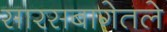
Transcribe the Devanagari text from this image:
सारसबागेतले